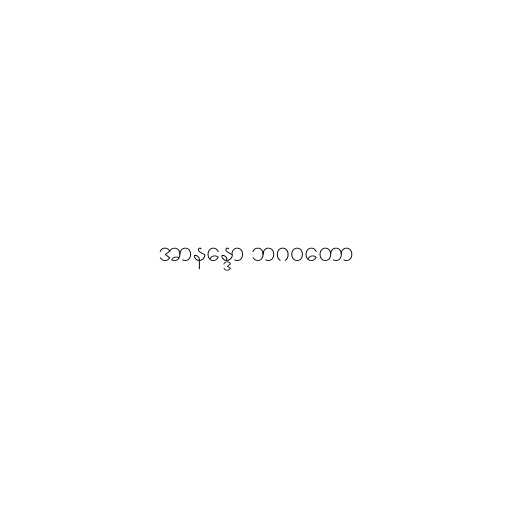
အာနန္ဒော ဘဂဝတော